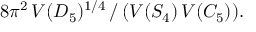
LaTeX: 8 \pi ^ { 2 } \, V ( D _ { 5 } ) ^ { 1 / 4 } \, / \, ( V ( S _ { 4 } ) \, V ( C _ { 5 } ) ) .